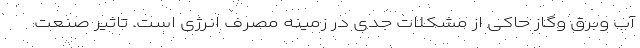
آب وبرق وگاز حاکی از مشکلات جدی در زمینه مصرف انرژی است. تاثیر صنعت